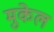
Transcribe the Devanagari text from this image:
मुकेल